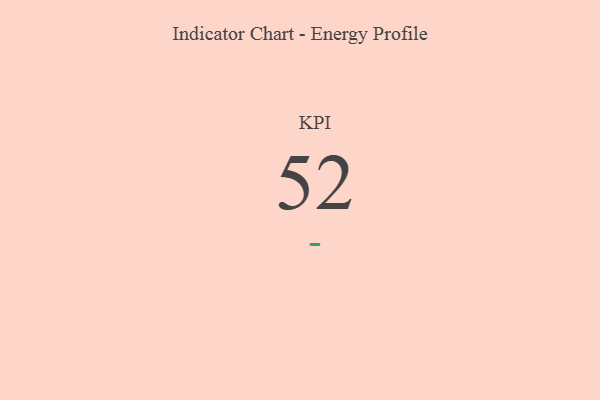
{"axis": {"x": "KPI", "y": "Value"}, "legend": [""], "data": [{"x": "KPI", "y": 52, "type": ""}]}